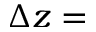
\Delta z =